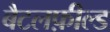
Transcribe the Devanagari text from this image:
बैटलफ़ील्ड